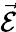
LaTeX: \vec{\cal E}